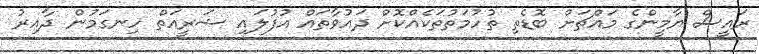
ރައީސް ޔާމީންގެ މައްޗަށް ބޮޑެތި ތުހުމަތުތަކެއްކޮށް ދައުވާތައް އުފުލައި ޝަރީއަތް ހިނގަމުން ދާއިރު